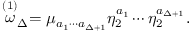
\stackrel { ( 1 ) } { \omega } _ { \Delta } = \mu _ { a _ { 1 } \cdots a _ { \Delta + 1 } } \eta _ { 2 } ^ { a _ { 1 } } \cdots \eta _ { 2 } ^ { a _ { \Delta + 1 } } .